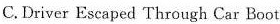
C.Driver Escaped Through car Boot